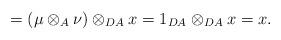
LaTeX: \begin{align*}= ( \mu \otimes _A \nu) \otimes _{DA} x = 1_{DA} \otimes _{DA} x = x .\end{align*}